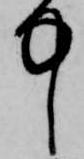
中